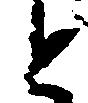
と